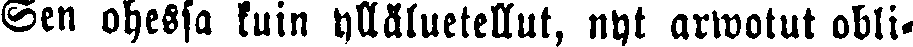
Sen ohessa kuin ylläluetellut, nyt arwotut obli-